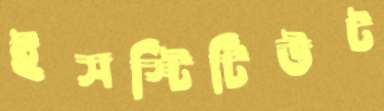
ইসস্টিটিউট